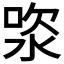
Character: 𣵯